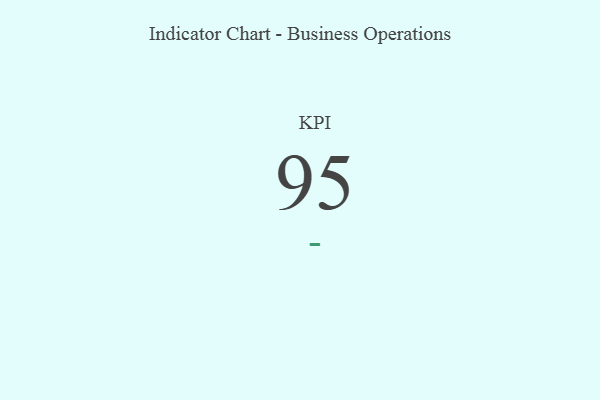
{"axis": {"x": "KPI", "y": "Value"}, "legend": [""], "data": [{"x": "KPI", "y": 95, "type": ""}]}